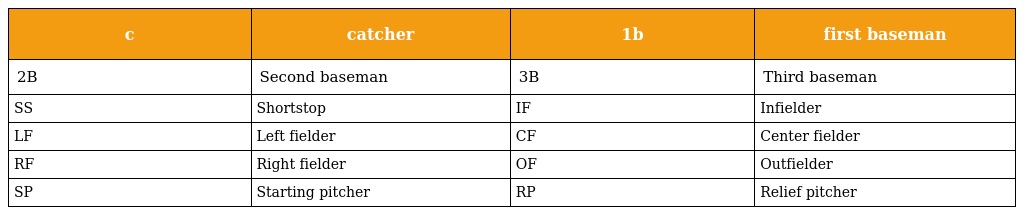
| c | catcher | 1b | first baseman |
 | --- | --- | --- | --- |
 | 2B | Second baseman | 3B | Third baseman |
 | SS | Shortstop | IF | Infielder |
 | LF | Left fielder | CF | Center fielder |
 | RF | Right fielder | OF | Outfielder |
 | SP | Starting pitcher | RP | Relief pitcher |